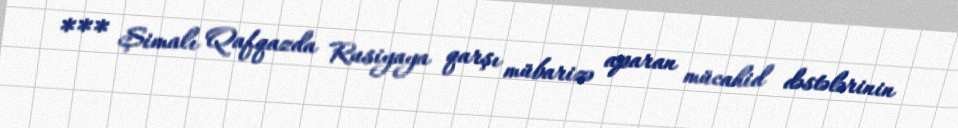
*** Şimalı Qafqazda Rusiyaya qarşı mübarizə aparan mücahid dəstələrinin